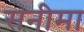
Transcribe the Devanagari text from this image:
सनीमा